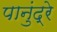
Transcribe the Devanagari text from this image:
पानुंद्रे